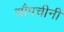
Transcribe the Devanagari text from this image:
चौपचीनी